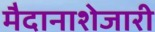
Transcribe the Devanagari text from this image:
मैदानाशेजारी